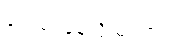
တွေဝေနေလို့ မရဘူး။